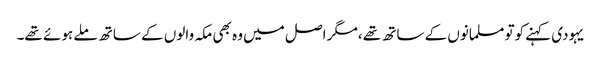
یہودی کہنے کوتو مسلمانوں کے ساتھ تھے ،مگر اصل میں وہ بھی مکہ والوں کے ساتھ ملے ہوئے تھے۔